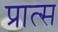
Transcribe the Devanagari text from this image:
प्रात्स